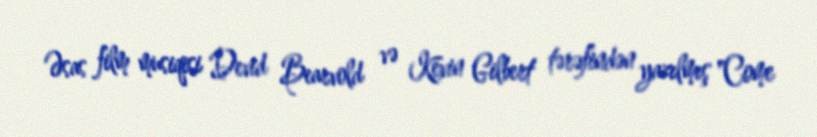
Əsas film musiqisi Devid Bearvold və Kevin Gilbert tərəfindən yazılmış "Come